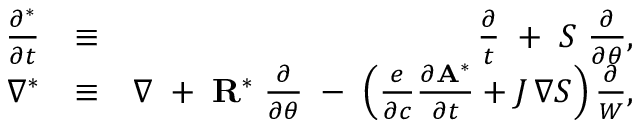
\begin{array} { r l r } { \frac { \partial ^ { * } } { \partial t } } & { \equiv } & { \frac { \partial } { t } \; + \; { \cal S } \; \frac { \partial } { \partial \theta } , } \\ { \nabla ^ { * } } & { \equiv } & { \nabla \; + \; { \bf R } ^ { * } \; \frac { \partial } { \partial \theta } \; - \; \left( \frac { e } { \partial c } \frac { \partial { \bf A } ^ { * } } { \partial t } + J \, \nabla { \cal S } \right) \frac { \partial } { W } , } \end{array}